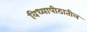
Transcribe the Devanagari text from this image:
विध्यापीठातील